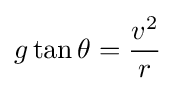
{g\tan \theta }={\frac {v^{2}}{r}}